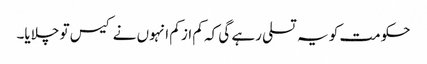
حکومت کو یہ تسلی رہے گی کہ کم از کم انہوں نے کیس تو چلایا۔